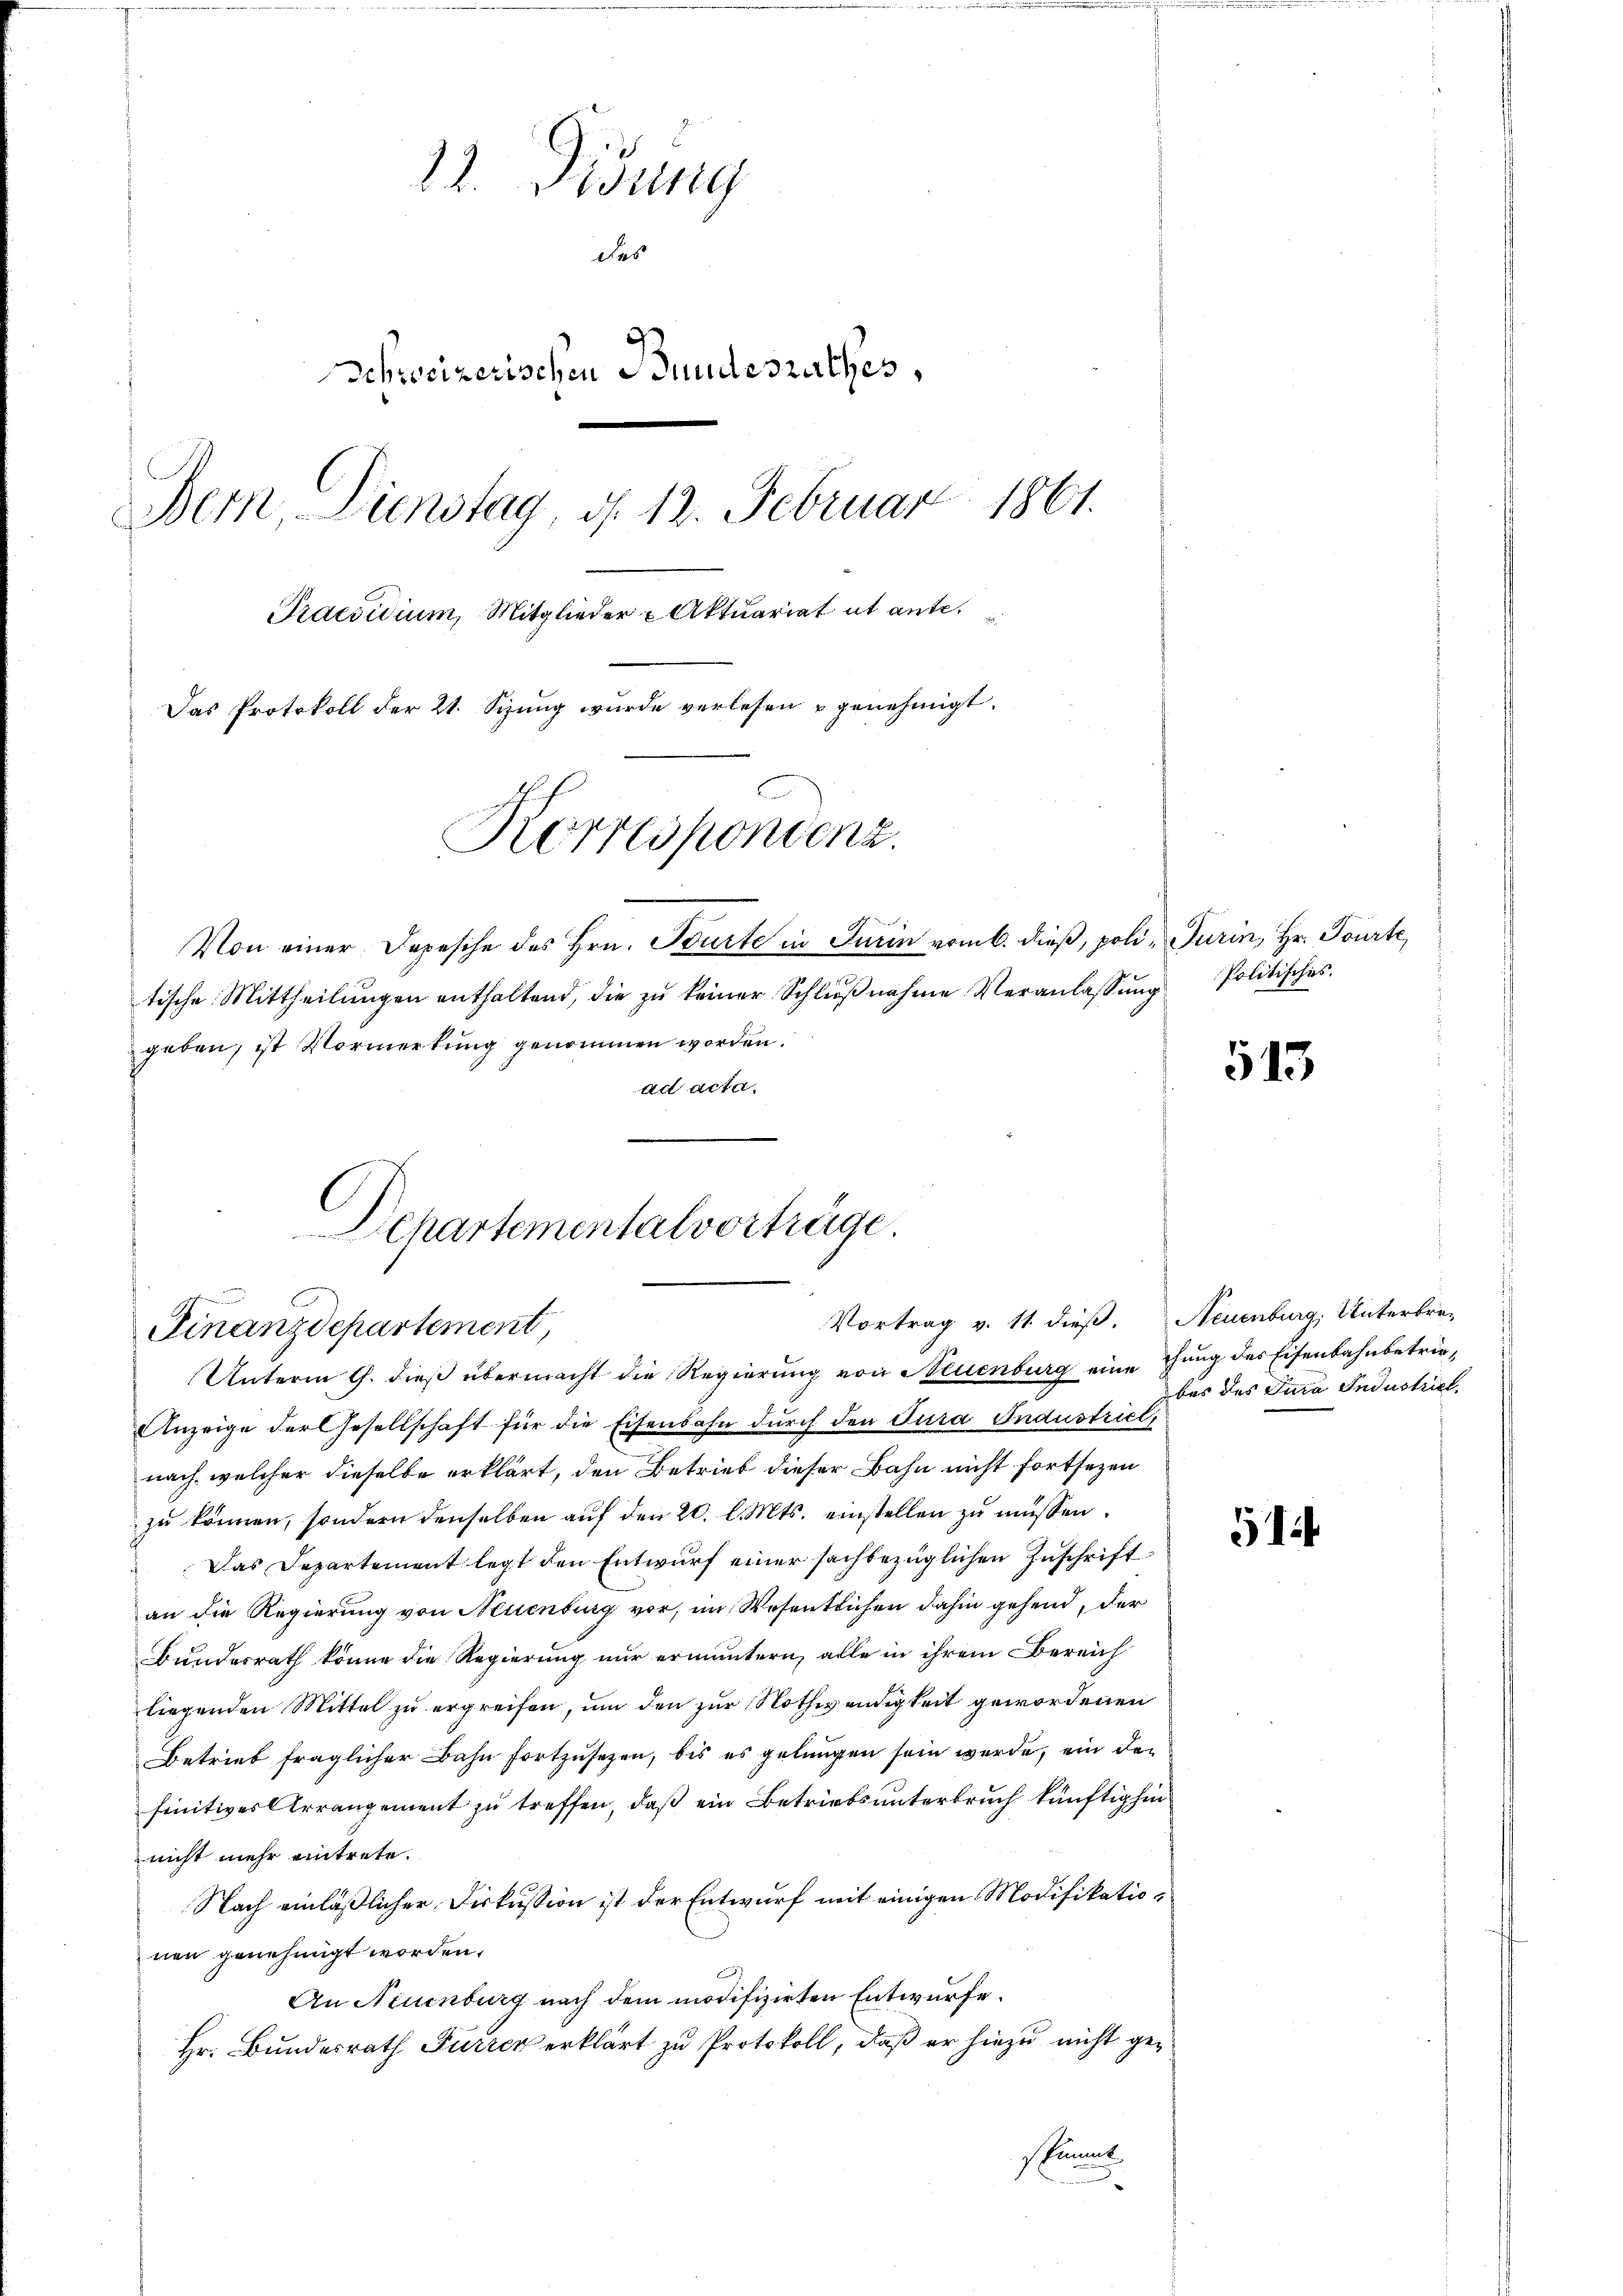
22. Didung
des
Schweizerischen Bundesrathes,
1861.
Bern, Dienstag, d. 12. Februar
Praesidium, Mitglieder u Aktuariat et ante.
Das Protokoll der 21. Sizung wurde verlesen u genehmigt.
Korrespondenz.
Von einer Depesche des Hrn. Tourte in Turin vom 6. dieß, poli, Turin, Hr. Tourte,

tische Mittheilŭngen enthaltend, die zŭ keiner Schlŭβnahme Veranlassŭng Politisches.
geben, ist Vormerkung genommen worden.
ad acta.
Separtementalvorträge.

Vortrag v. 11. dieß.
Finanzdepartement,

Unterm 9. dieß übermacht die Regierung von Neuenburg eine thung des Eisenbahnbetrie¬
Anzeige der Gesellschaft für die Eisenbahn durch den Cura Industriel,
nach, welcher dieselbe erklärt, den Betrieb dieser Bahn nicht fortsezen
zu können, sondern denselben auf den 20. l. Mts. einstellen zu müssen.
Das Departement legt den Entwurf einer sachbezüglichen Zuschrift
an die Regierung von Neuenburg vor, im Wesentlichen dahin gehend, der
Bundesrath könne die Regierung nur ermuntern, alle in ihrem Bereich
liegenden Mittel zu ergreifen, um den zur Nothwendigkeit gewordenen
Betrieb fraglicher Bahn fortzusetzen, bis es gelungen sein werde, ein den
finitives Arrangement zu treffen, daß ein Betriebsunterbruch künftighin
nicht mehr eintrete.
Nach einläßlicher Diskussion ist der Entwurf mit einigen Modifikationen genehmigt worden.
c
An Neuenburg nach dem modifizirten Entwurfe.
Hr. Bundesrath Furren erklärt zu Protokoll, daß er hiezu nicht gestimmt

513

Neuenburg, Unterbrebes des Jura Industriel

51